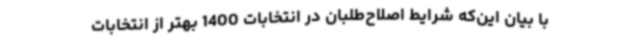
با بیان این‌که شرایط اصلاح‌طلبان در انتخابات 1400 بهتر از انتخابات